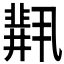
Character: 𫡋